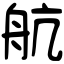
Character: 航